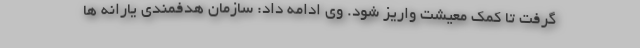
گرفت تا کمک معیشت واریز شود. وی ادامه داد: سازمان هدفمندی یارانه ها